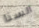
ألسنا